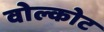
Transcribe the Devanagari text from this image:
वोल्कोट